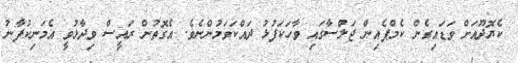
ކެޔޮދޫއަށް ވަޑައިގެން ކެމްޕެއިން ޖަލްސާގައި ވާހަކަފުޅު ދައްކަވަމުންނެވެ. އެގޮތުން ރައީސް ވިދާޅުވީ އެމަނިކުފާނު